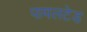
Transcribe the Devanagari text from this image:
पायलटेड